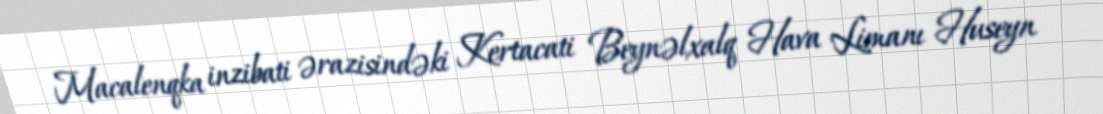
Macalenqka inzibati ərazisindəki Kertacati Beynəlxalq Hava Limanı Huseyn